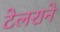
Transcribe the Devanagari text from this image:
टेलराने